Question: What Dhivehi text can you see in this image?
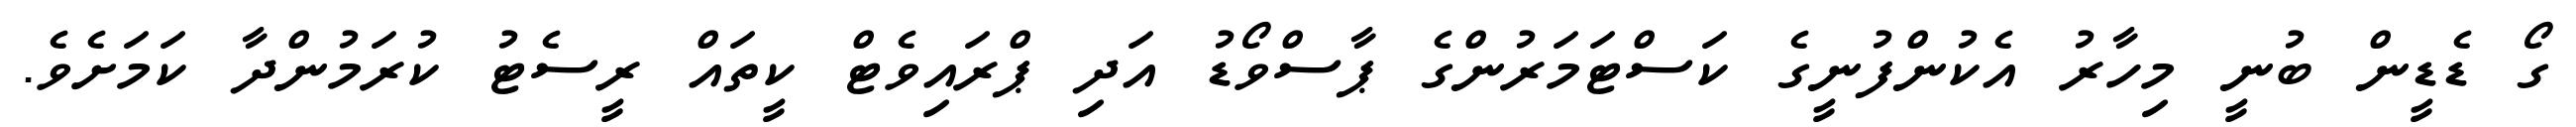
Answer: ގޯ ޑެޑީން ބުނީ މިހާރު އެކުންފުނީގެ ކަސްޓަމަރުންގެ ޕާސްވޯޑު އަދި ޕްރައިވެޓް ކީތައް ރީސެޓު ކުރަމުންދާ ކަމަށެވެ.